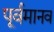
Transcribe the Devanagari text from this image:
पूर्वमानव